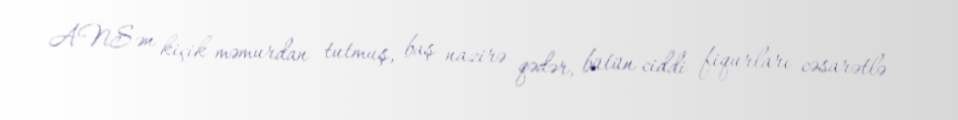
ANS ən kiçik məmurdan tutmuş, baş nazirə qədər, bütün ciddi fiqurları cəsarətlə